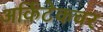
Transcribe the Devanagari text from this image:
अर्किटेकचर